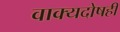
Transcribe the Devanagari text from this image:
वाक्यदोषही